Indian journal of veterinary science and animal husbandry - Volume 10,
Year: 1940
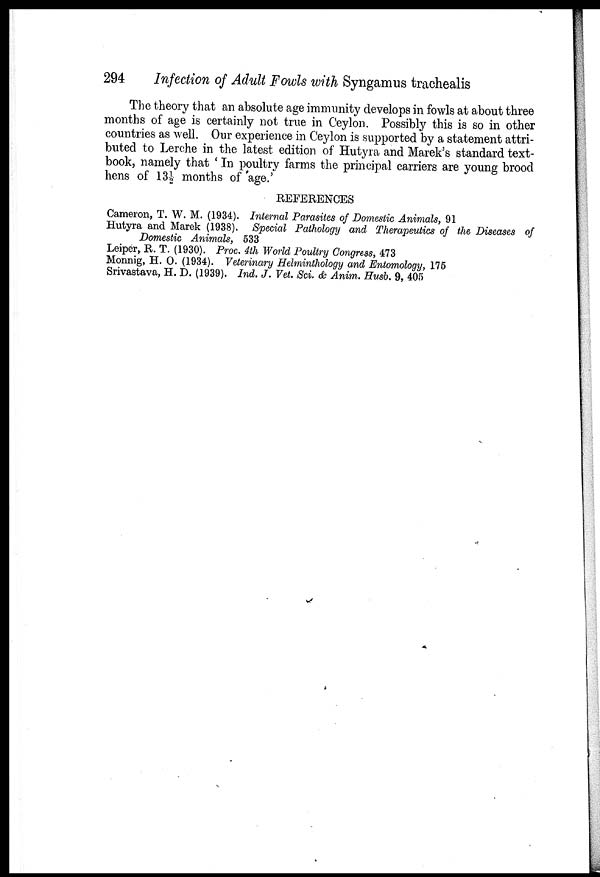
294
Infection of Adult Fowls with Syngamus trachealis
The theory that an absolute age immunity develops in fowls at about three
months of age is certainly not true in Ceylon. Possibly this is so in other
countries as well. Our experience in Ceylon is supported by a statement attri-
buted to Lerche in the latest edition of Hutyra and Marek's standard text-
book, namely that ' In poultry farms the principal carriers are young brood
hens of 13½ months of 'age.'
REFERENCES
Cameron, T. W. M. (1934). Internal Parasites of Domestic Animals, 91
Hutyra and Marek (1938). Special Pathology and Therapeutics of the Diseases of
Domestic Animals, 533
Leiper, R. T. (1930). Proc. 4th World Poultry Congress, 473
Monnig, H. O. (1934). Veterinary Helminthology and Entomology, 175
Srivastava, H. D. (1939). Ind. J. Vet. Sci. & Anim. Husb. 9, 405